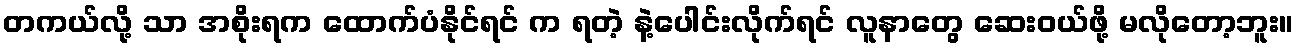
တကယ်လို့ သာ အစိုးရက ထောက်ပံနိုင်ရင် က ရတဲ့ နဲ့ပေါင်းလိုက်ရင် လူနာတွေ ဆေးဝယ်ဖို့ မလိုတော့ဘူး။